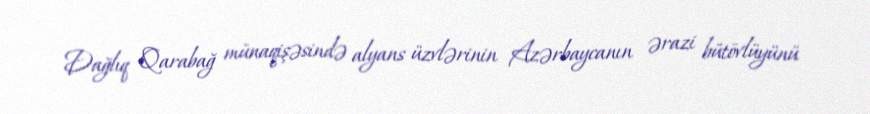
Dağlıq Qarabağ münaqişəsində alyans üzvlərinin Azərbaycanın ərazi bütövlüyünü